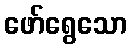
ဖော်ရွေသော